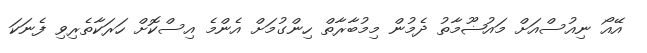
އޭއޯ ނިއުސްއަށް މައުޟޫމާތު ދެމުން މިމުބާރާތް ހިންގުމަށް އެންމެ އިސްކޮށް ހަރަކާތެރިވި ފެނަކަ